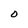
Character: O